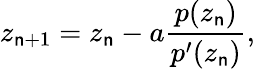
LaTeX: z_{\mathsf{n}+1}=z_{\mathsf{n}}-a\frac{{p(z_{\mathsf{n}})}}{{p^{\prime}(z_{\mathsf{n}})}},